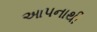
આપનાથી